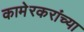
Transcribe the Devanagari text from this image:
कामेरकरांच्या